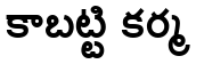
కాబట్టి కర్మ